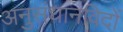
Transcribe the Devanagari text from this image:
अनुसंधानविदों